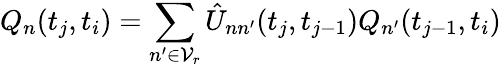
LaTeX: Q_{n}(t_{j},t_{i})=\sum_{n^{\prime}\in\mathcal{V}_{r}}\hat{U}_{nn^{\prime}}(t_{j},t_{j-1})Q_{n^{\prime}}(t_{j-1},t_{i})